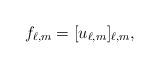
LaTeX: \begin{align*} f_{\ell,m} = [u_{\ell,m}]_{\ell,m},\end{align*}